Jaan_Tonisson_(Lasteleht), lk 159
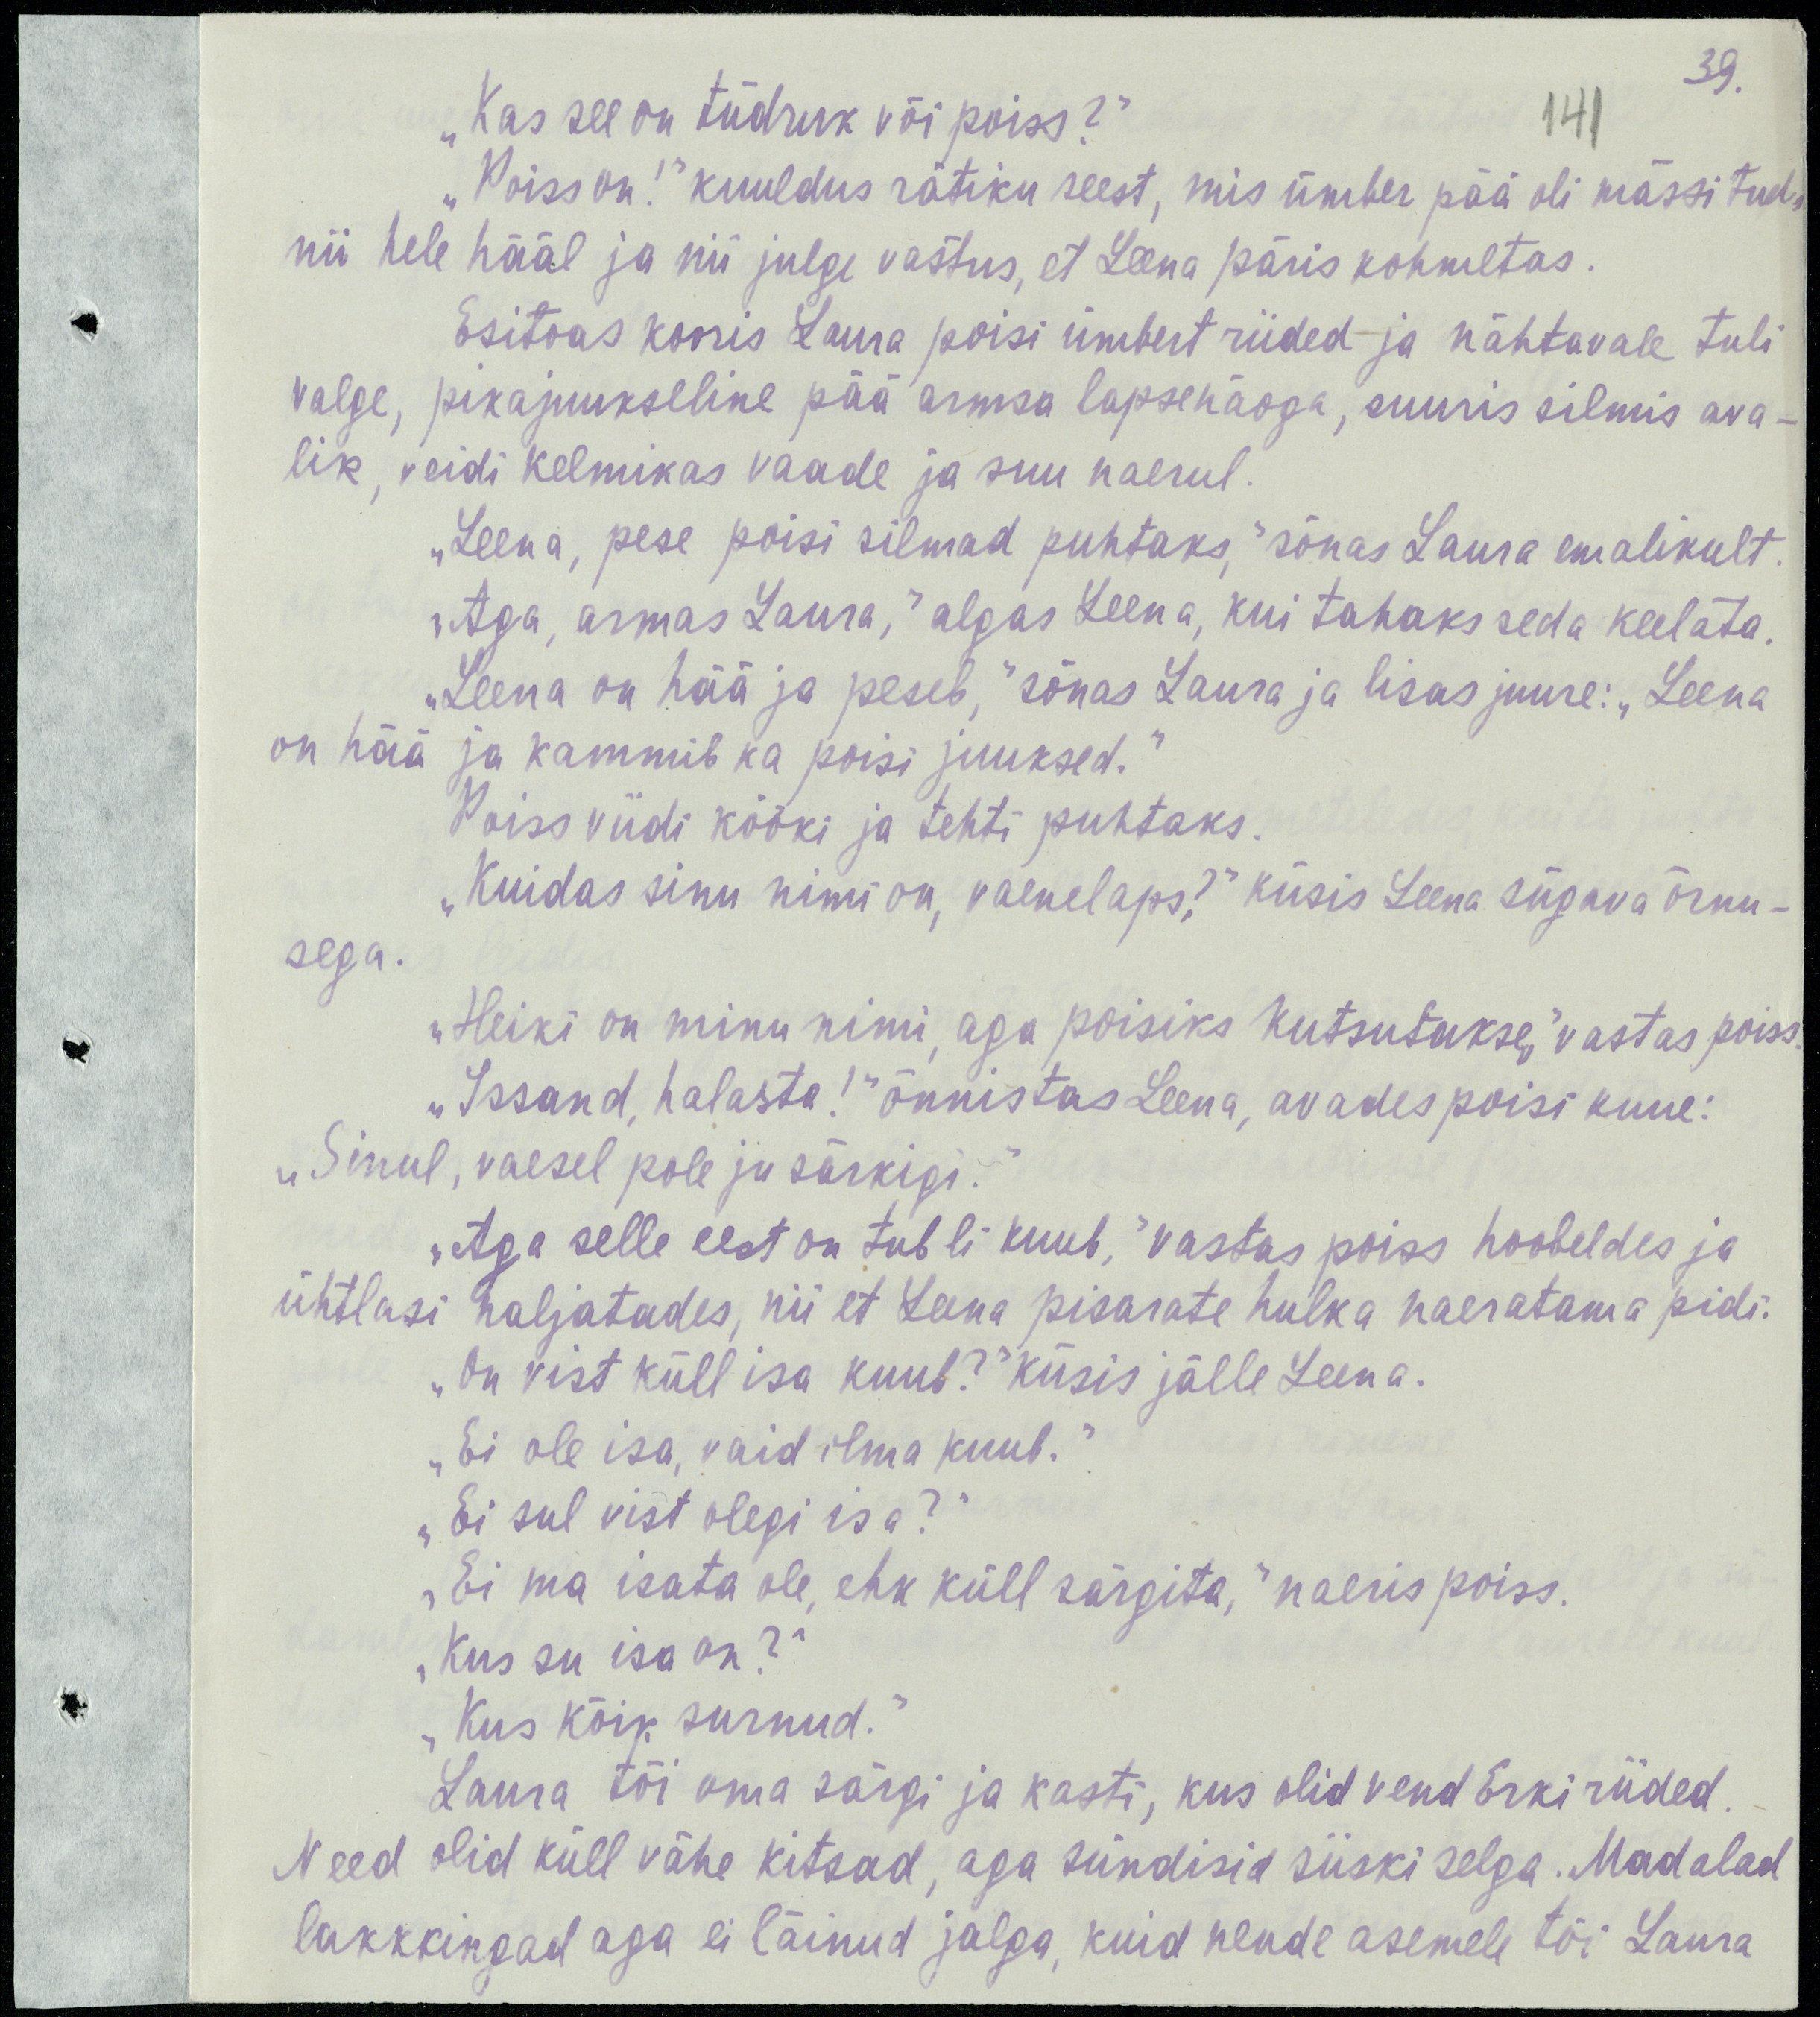
39.
141
„Kas see on tüdruk või poiss?“
„Poiss on!“ kuuldus rätiku seest, mis ümber pää oli mässitud,
nii hele hääl ja nii julge vastus, et Leena päris kohmetas.
Esitoas kooris Laura poisi ümbert riided ja nähtavale tuli
valge, pikajuukseline pää armsa lapsenäoga, suuris silmis ava-
lik, veidi kelmikas vaade ja suu naerul.
„Leena, pese poisi silmad puhtaks,“ sõnas Laura emalikult.
„Aga armas Laura,“ algas Leena, kui tahaks seda keelata.
„Leena on hää ja peseb,“ sõnas Laura ja lisas juure: „Leena
on hää ja kammib ka poisi juuksed.“
Poiss viidi kööki ja tehti puhtaks.
„Kuidas sinu nimi on, vaenelaps?“ küsis Leena sügava õrnu-
sega.
„Heiki on minu nimi, aga poisiks kutsutakse,“ vastas poiss.
„Issand halasta!“ õnnistas Leena, avades poisi kuue:
„Sinul, vaesel pole ju särkigi.“
„Aga selle eest on tubli kuub,“ vastas poiss hoobeldes ja
ühtlasi naljatades, nii et Leena pisarate hulka naeratama pidi.
„On vist küll isa kuub?“ küsis jälle Leena.
„Ei ole ise, vaid ilma kuub.“
„Ei sul vist olegi isa?“
„Ei ma isata ole, ehk küll särgita,“ naeris poiss.
„Kus su isa on?“
„Kus kõik surnud.“
Laura tõi oma särgi ja kasti, kus olid vend Erki riided.
Need olid küll vähe kitsad, aga sündisid siiski selga. Madalad
lakkkingad aga ei läinud jalga, kuid nende asemele tõi Laura